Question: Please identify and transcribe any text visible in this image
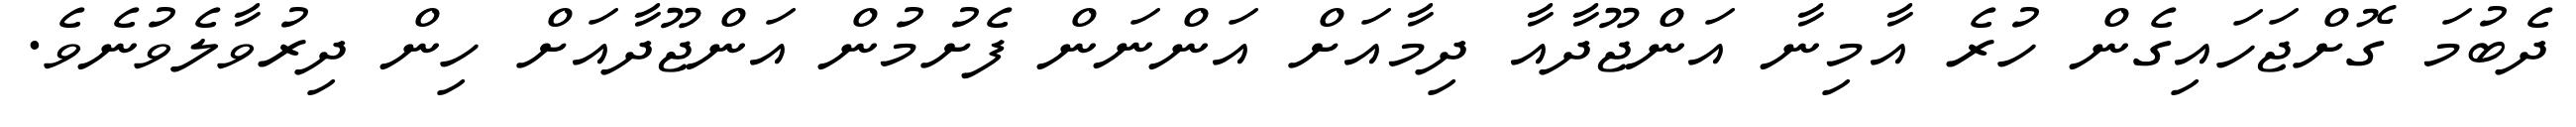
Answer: ދެބުމަ ގޮށްޖަހައިގެން ހުރެ އާމިނާ އަންޖޫދާއާ ދިމާއަށް އަންނަން ފެށުމުން އަންޖޫދާއަށް ހިން ދިރުވާލެވުނެވެ.